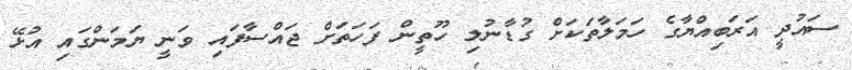
ސައުދީ އަރަބިއްޔާގެ ހަމަލާތަކަށް ގުޑާނުލި ހޫތީން ފަހަތަށް ޖައްސާފައި ވަނީ ޔަމަންގައި އުޅޭ